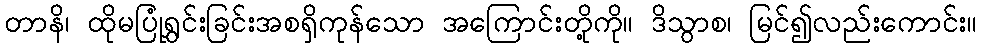
တာနိ၊ ထိုမပြုံရွှင်းခြင်းအစရှိကုန်သော အကြောင်းတို့ကို။ ဒိသွာစ၊ မြင်၍လည်းကောင်း။